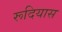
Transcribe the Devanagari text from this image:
रूदियास